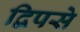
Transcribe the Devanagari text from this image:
द्विपसे